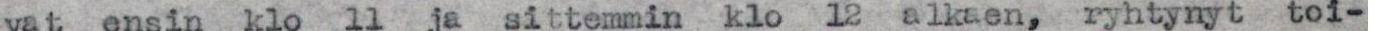
vat ensin klo 11 ja sittemmin klo 12 alkaen, ryhtynyt toi-